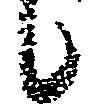
候